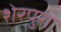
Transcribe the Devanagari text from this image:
शेरपुरा